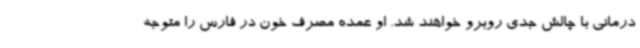
درمانی با چالش جدی روبرو خواهند شد. او عمده مصرف خون در فارس را متوجه